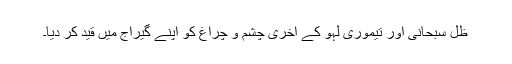
ظِلّ سْبحانی اور تیموری لہو کے آخری چشم و چراغ کو اپنے گیراج میں قید کر دیا۔